Bombay plague: being a history of the progress of plague in the Bombay presidency from September 1896 to June 1899
Year: 1896
Disease focus: Plague
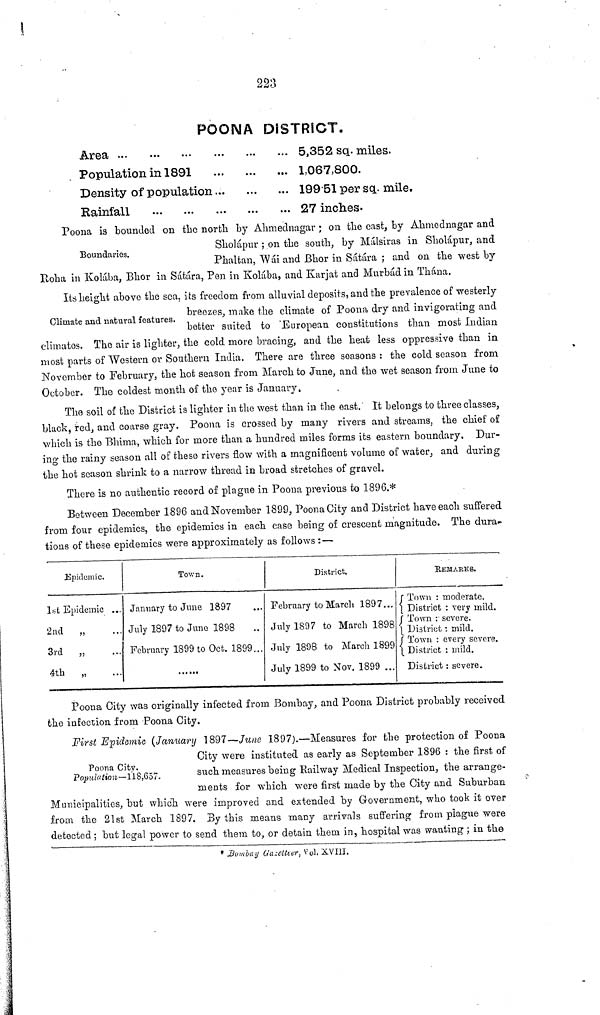
223
POONA DISTRICT.
Area ... ... ... ... ...
Population in 1891
...
...
Density of population
Rainfall ... ... ... ...
... 5,352 sq. miles.
... 1,067,800.
... 199 51 per sq. mile.
... 27 inches.
Boundaries.
Poona is bounded on the north by Ahmednagar ; on the cast, by Ahmednagar and
Sholápur ; on the south, by Málsiras in Sholápur, and
Phaltan, Wái and Bhor in Sátára ; and on the west by
Koha in Kolába, Bhor in Sátára, Pen in Kolába, and Karjat and Murbád in Thána.
Climate and natural features.
Its height above the sea, its freedom from alluvial deposits, and the prevalence of westerly
breezes, make the climate of Poona dry and invigorating and
better suited to European constitutions than most Indian
climates. The air is lighter, the cold more bracing, and the heat less oppressive than in
most parts of Western or Southern India. There are three seasons : the cold season from
November to February, the hot season from March to June, and the wet season from June to
October. The coldest month of the year is January,
The soil of the District is lighter in the west than in the east. It belongs to three classes,
black, red, and coarse gray. Poona is crossed by many rivers and streams, the chief of
which is the Bhima, which for more than a hundred miles forms its eastern boundary. Dur-
ing the rainy season all of these rivers flow with a magnificent volume of water, and during
the hot season shrink to a narrow thread in broad stretches of gravel.
There is no authentic record of plague in Poona previous to 1896.*
Between December 1896 and November 1899, Poona City and District have each suffered
from four epidemics, the epidemics in each case being of crescent magnitude. The dura
tions of these epidemics were approximately as follows :—
Epidemic.
1st Epidemic ...
2nd
„ ...
3rd
„ ...
4th „...
Town.
January to June 1897
July 1897 to June 1898
February 1899 to Oct. 1899...
District.
February to March 1897...
July 1897 to March 1898
July 1898 to March 1899
July 1899 to Nov. 1899 ...
REMARKS.
Town : moderate.
District : very mild.
Town : severe.
District : mild.
Town : every severe.
District : mild.
District : severe.
Poona City was originally infected from Bombay, and Poona District probably received
the infection from Poona City.
Poona City.
Population—118,657.
First Epidemic (January 1897—June 1897).—Measures for the protection of Poona
(City were instituted as early as September 1896 : the first of
such measures being Railway Medical Inspection, the arrange-
ments for which were first made by the City and Suburban
Municipalities, but which were improved and extended by Government, who took it over
from the 21st March 1897. By this means many arrivals suffering from plague were
detected ; but legal power to send them to, or detain them in, hospital was wanting ; in the
Bombay Gazetteer, Vol. XVIII.